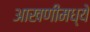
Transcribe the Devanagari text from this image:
आखणीमध्ये